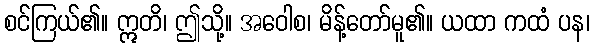
စင်ကြယ်၏။ ဣတိ၊ ဤသို့။ အဝေါစ၊ မိန့်တော်မူ၏။ ယထာ ကထံ ပန၊